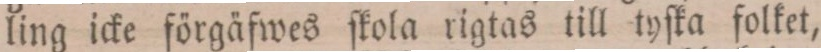
ling icke förgäfwes ſkola rigtas till tyſka folket,